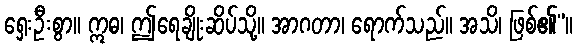
ရှေးဦးစွာ။ ဣဓ၊ ဤရေချိုးဆိပ်သို့။ အာဂတာ၊ ရောက်သည်။ အသိ၊ ဖြစ်၏”။